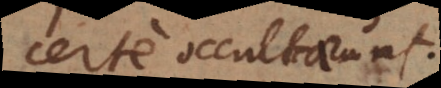
certe occultarunt.